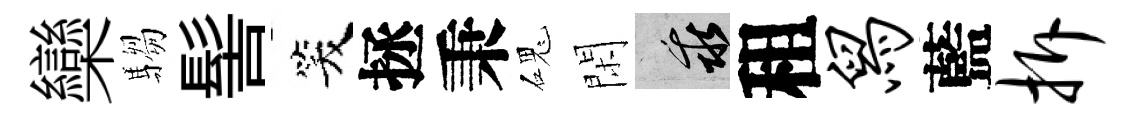
欒騶髻笑拯秉磈閑乖租舄藍拆